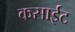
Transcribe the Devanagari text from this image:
कसाईट